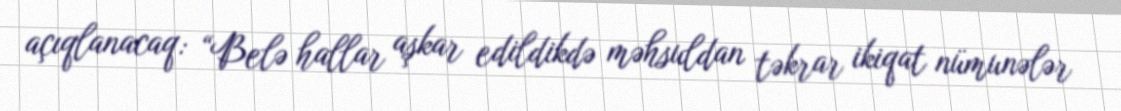
açıqlanacaq: “Belə hallar aşkar edildikdə məhsuldan təkrar ikiqat nümunələr